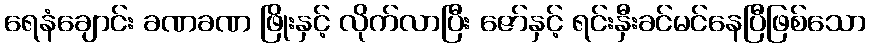
ရေနံချောင်း ခဏခဏ ဖြိုးနှင့် လိုက်လာပြီး ဇော်နှင့် ရင်းနှီးခင်မင်နေပြီဖြစ်သော